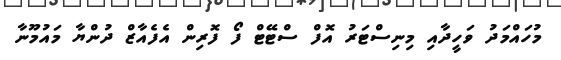
މުހައްމަދު ވަހީދާއި މިނިސްޓަރު އޮފް ސްޓޭޓް ފޯ ފޮރިން އެފެއާޒް ދުންޔާ މައުމޫނާ